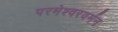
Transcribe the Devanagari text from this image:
परमेश्वरवर्मन